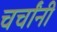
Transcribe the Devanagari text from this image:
चर्चांनी